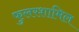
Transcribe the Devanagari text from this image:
फुलरशामिल